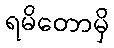
ရမိတောမှိ